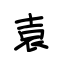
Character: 袁